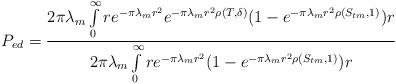
\begin{align*}P_{ed}=\frac{ 2\pi\lambda_m\int\limits_{0}^{\infty}re^{-\pi\lambda_m r^2}e^{-\pi\lambda_m r^2\rho(T,\delta)}(1-e^{-\pi\lambda_m r^2\rho( S_{tm},1)})r}{ 2\pi\lambda_m\int\limits_{0}^{\infty}re^{-\pi\lambda_m r^2}(1-e^{-\pi\lambda_m r^2\rho( S_{tm},1)})r}\end{align*}